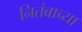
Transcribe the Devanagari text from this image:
नितंबाच्या